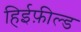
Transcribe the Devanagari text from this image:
हिईफ़ील्ड